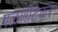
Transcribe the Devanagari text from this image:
पळणीटकर